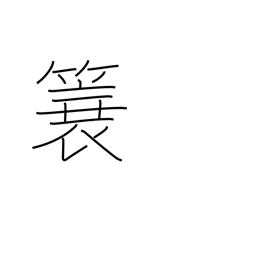
Meaning: straw raincoat